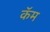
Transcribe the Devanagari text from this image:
कॅम